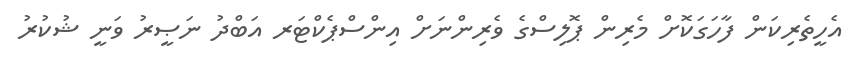
އެހީތެރިކަން ފާހަގަކޮށް މެރިން ޕޮލިސްގެ ވެރިންނަށް އިންސްޕެކްޓަރ އަބްދު ނަޞީރު ވަނީ ޝުކުރު